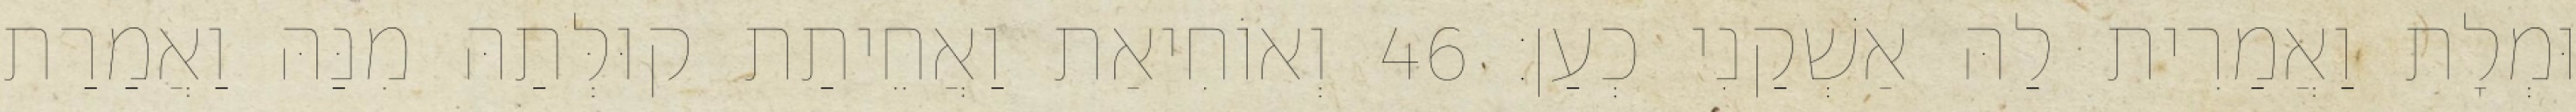
וּמְלָת וַאֲמַרִית לַהּ אַשְׁקַנִי כְעַן׃ 46 וְאוֹחִיאַת וַאֲחֵיתַת קוּלְּתַהּ מִנַּהּ וַאֲמַרַת